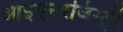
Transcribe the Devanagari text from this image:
आईएनरजिस्ट्री